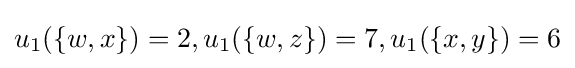
u_{1}(\{w,x\})=2,u_{1}(\{w,z\})=7,u_{1}(\{x,y\})=6